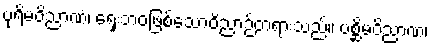
ပုရိမဝိညာဏံ၊ ရှေးဘဝဖြစ်သောဝိညာဉ်တရားသည်။ ပစ္ဆိမဝိညာဏံ၊